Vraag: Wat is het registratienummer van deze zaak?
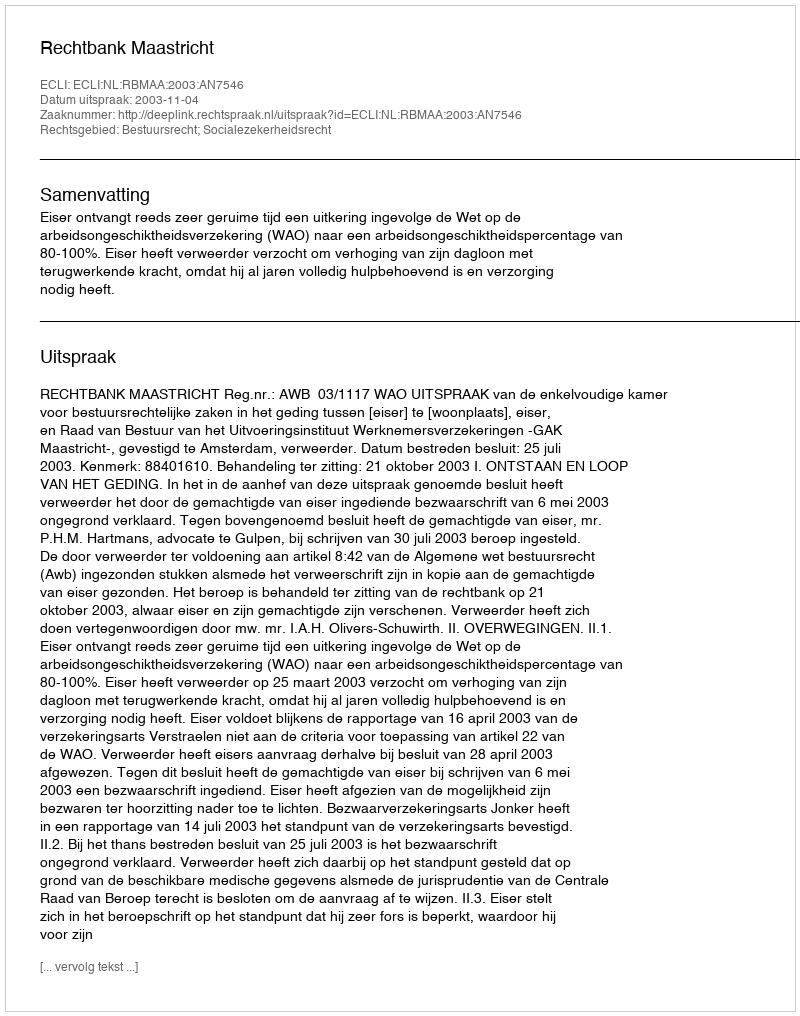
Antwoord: http://deeplink.rechtspraak.nl/uitspraak?id=ECLI:NL:RBMAA:2003:AN7546